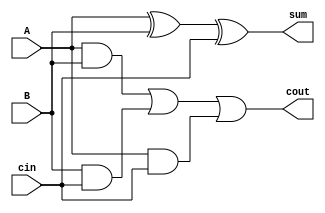
`timescale 1ns / 1ps
//////////////////////////////////////////////////////////////////////////////////
// Company: 
// Engineer: 
// 
// Design Name: 
// Module Name:    FA 
// Project Name: 
// Target Devices: 
// Tool versions: 
// Description: 
//
// Dependencies: 
//
// Revision: 
// Revision 0.01 - File Created
// Additional Comments: 
//
//////////////////////////////////////////////////////////////////////////////////
module full_adder(
	A,B,cin,
	sum,cout);
	
	input A,B,cin;
	output sum, cout;
	
	assign sum = A ^ B ^ cin;
	assign cout = (A&B) | (B&cin)|(A&cin);
	
endmodule

module half_adder(
	A,B,sum,cout);
	
	input A,B;
	output sum, cout;
	
	assign sum = A^B;
	assign cout = A&B;
	
endmodule